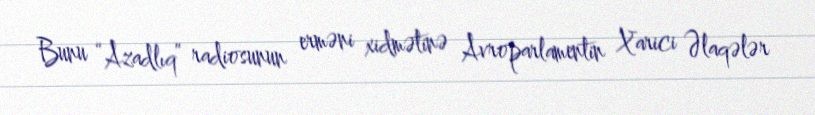
Bunu “Azadlıq” radiosunun erməni xidmətinə Avroparlamentin Xarici Əlaqələr